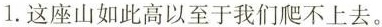
1.这座山如此高以至于我们爬不上去。